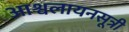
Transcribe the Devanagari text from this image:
आश्वलायनसूत्री